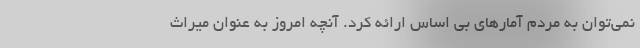
نمی‌توان به مردم آمارهای بی اساس ارائه کرد. آنچه امروز به عنوان میراث